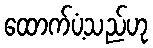
ထောက်ပံ့သည်ဟု